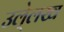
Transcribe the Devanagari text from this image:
उले्लख